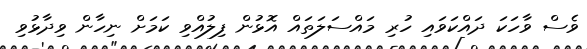
ވެސް ވާހަކަ ދައްކަވައި ހުރި މައްސަލަތައް އޮޅުން ފިލުއްވި ކަމަށް ނިހާން ވިދާޅުވި